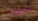
متروك